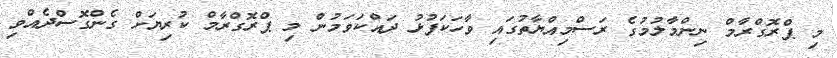
މި ޕްރޮގްރާމް ނިންމާލުމުގެ ރަސްމިއްޔާތުގައި ވާހަކަފުޅު ދައްކަވަމުން މި ޕްރޮގްރާމް ކުރިޔަށް ގެންގޮސްދެއްވި